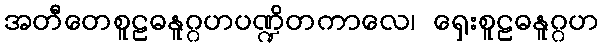
အတီတေစူဠဓနူဂ္ဂဟပဏ္ဍိတကာလေ၊ ရှေးစူဠဓနူဂ္ဂဟ